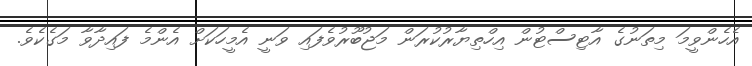
އެހެންވީމަ މިތަނުގެ އާޓިސްޓުން އިހްތިޔާރުކުރަން މަޖުބޫރުވެފައި ވަނީ އެމީހަކަށް އެންމެ ފައިދާވާ މަގެކެވެ.